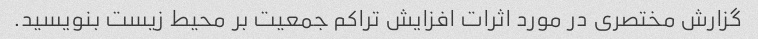
گزارش مختصری در مورد اثرات افزایش تراکم جمعیت بر محیط زیست بنویسید.